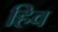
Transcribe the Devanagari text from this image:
हिव